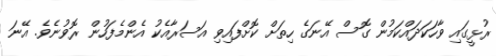
ރުޅީގައި ވާހަކަދައްކަމުން ގޮސް އޭނަގެ ހިތަށް ކޮށްފައިވި އަސަރާއެކު އެންމެފަހުން ރޮވުނެވެ. އޭނަ